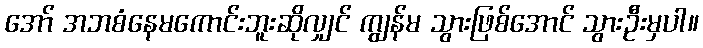
အော် အဘစံနေမကောင်းဘူးဆိုလျှင် ကျွန်မ သွားဖြစ်အောင် သွားဦးမှပါ။